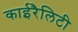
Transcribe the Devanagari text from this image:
काईरैलिटी